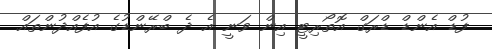
ފުޑް އެންޑް ޑްރަގް އޮތޯރިޓީ އިން ވަނީ އެ ދެ ބްރޭންޑުގެ އުފެއްދުންތައް